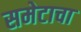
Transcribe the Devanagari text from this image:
समेटाचा